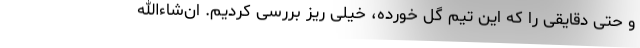
و حتی دقایقی را که این تیم گل خورده، خیلی ریز بررسی کردیم. ان‌شاءالله